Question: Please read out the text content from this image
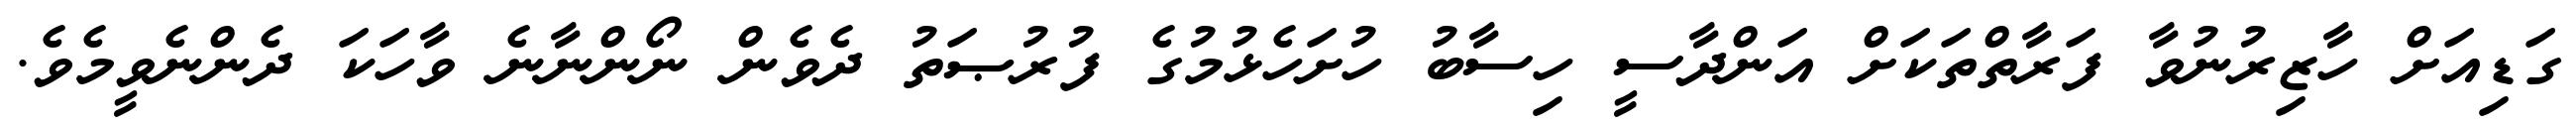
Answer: ގަޑިއަށް ހާޒިރުނުވާ ފަރާތްތަކަށް އަންދާސީ ހިސާބު ހުށަހެޅުމުގެ ފުރުޞަތު ދެވެން ނޯންނާނެ ވާހަކަ ދެންނެވީމެވެ.